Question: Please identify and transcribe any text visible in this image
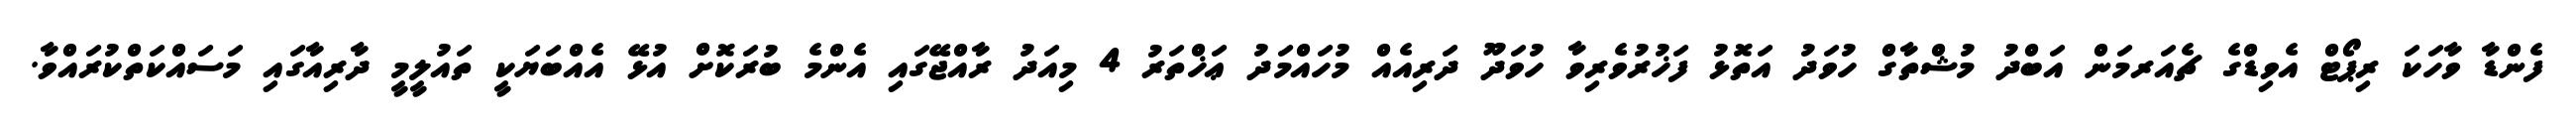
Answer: ފެންޑާ ވާހަކަ ރިޕޯޓް އެވިޑްގެ ޗެއަރމަން އަބްދު މުޝްތާގް ހުވަދު އަތޮޅު ފަޚުރުވެރިވާ ހުވަދޫ ދަރިއެއް މުހައްމަދު ޢަޚްތަރު 4 މިއަދު ރާއްޖޭގައި އެންމެ ބުރަކޮށް އުޅޭ އެއްބަޔަކީ ތައުލީމީ ދާރިއާގައި މަސައްކަތްކުރައްވާ.